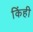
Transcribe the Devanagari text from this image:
किंही